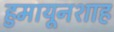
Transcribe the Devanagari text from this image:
हुमायूनशाह